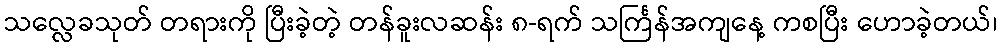
သလ္လေခသုတ် တရားကို ပြီးခဲ့တဲ့ တန်ခူးလဆန်း ၈-ရက် သင်္ကြန်အကျနေ့ ကစပြီး ဟောခဲ့တယ်၊